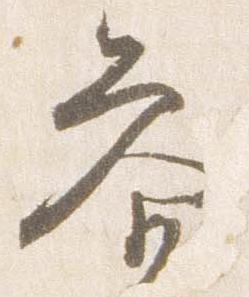
参